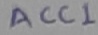
Text: ACC1